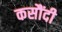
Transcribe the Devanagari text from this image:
कसौंदी